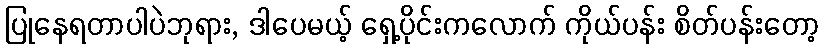
ပြုနေရတာပါပဲဘုရား, ဒါပေမယ့် ရှေ့ပိုင်းကလောက် ကိုယ်ပန်း စိတ်ပန်းတော့